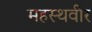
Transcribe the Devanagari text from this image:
महस्थवीर